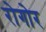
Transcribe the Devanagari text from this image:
रोगोर